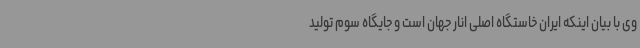
وی با بیان اینکه ایران خاستگاه اصلی انار جهان است و جایگاه سوم تولید